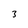
Character: 3